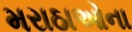
મરાઠાઓના